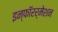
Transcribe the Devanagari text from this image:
इन्फाॅरर्मेशन